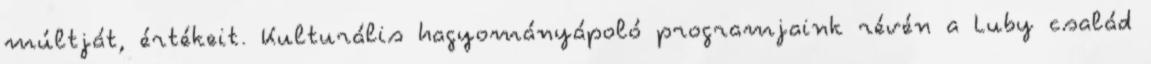
múltját, értékeit. Kulturális hagyományápoló programjaink révén a Luby család